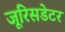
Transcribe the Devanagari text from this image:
जूरिसडेटर